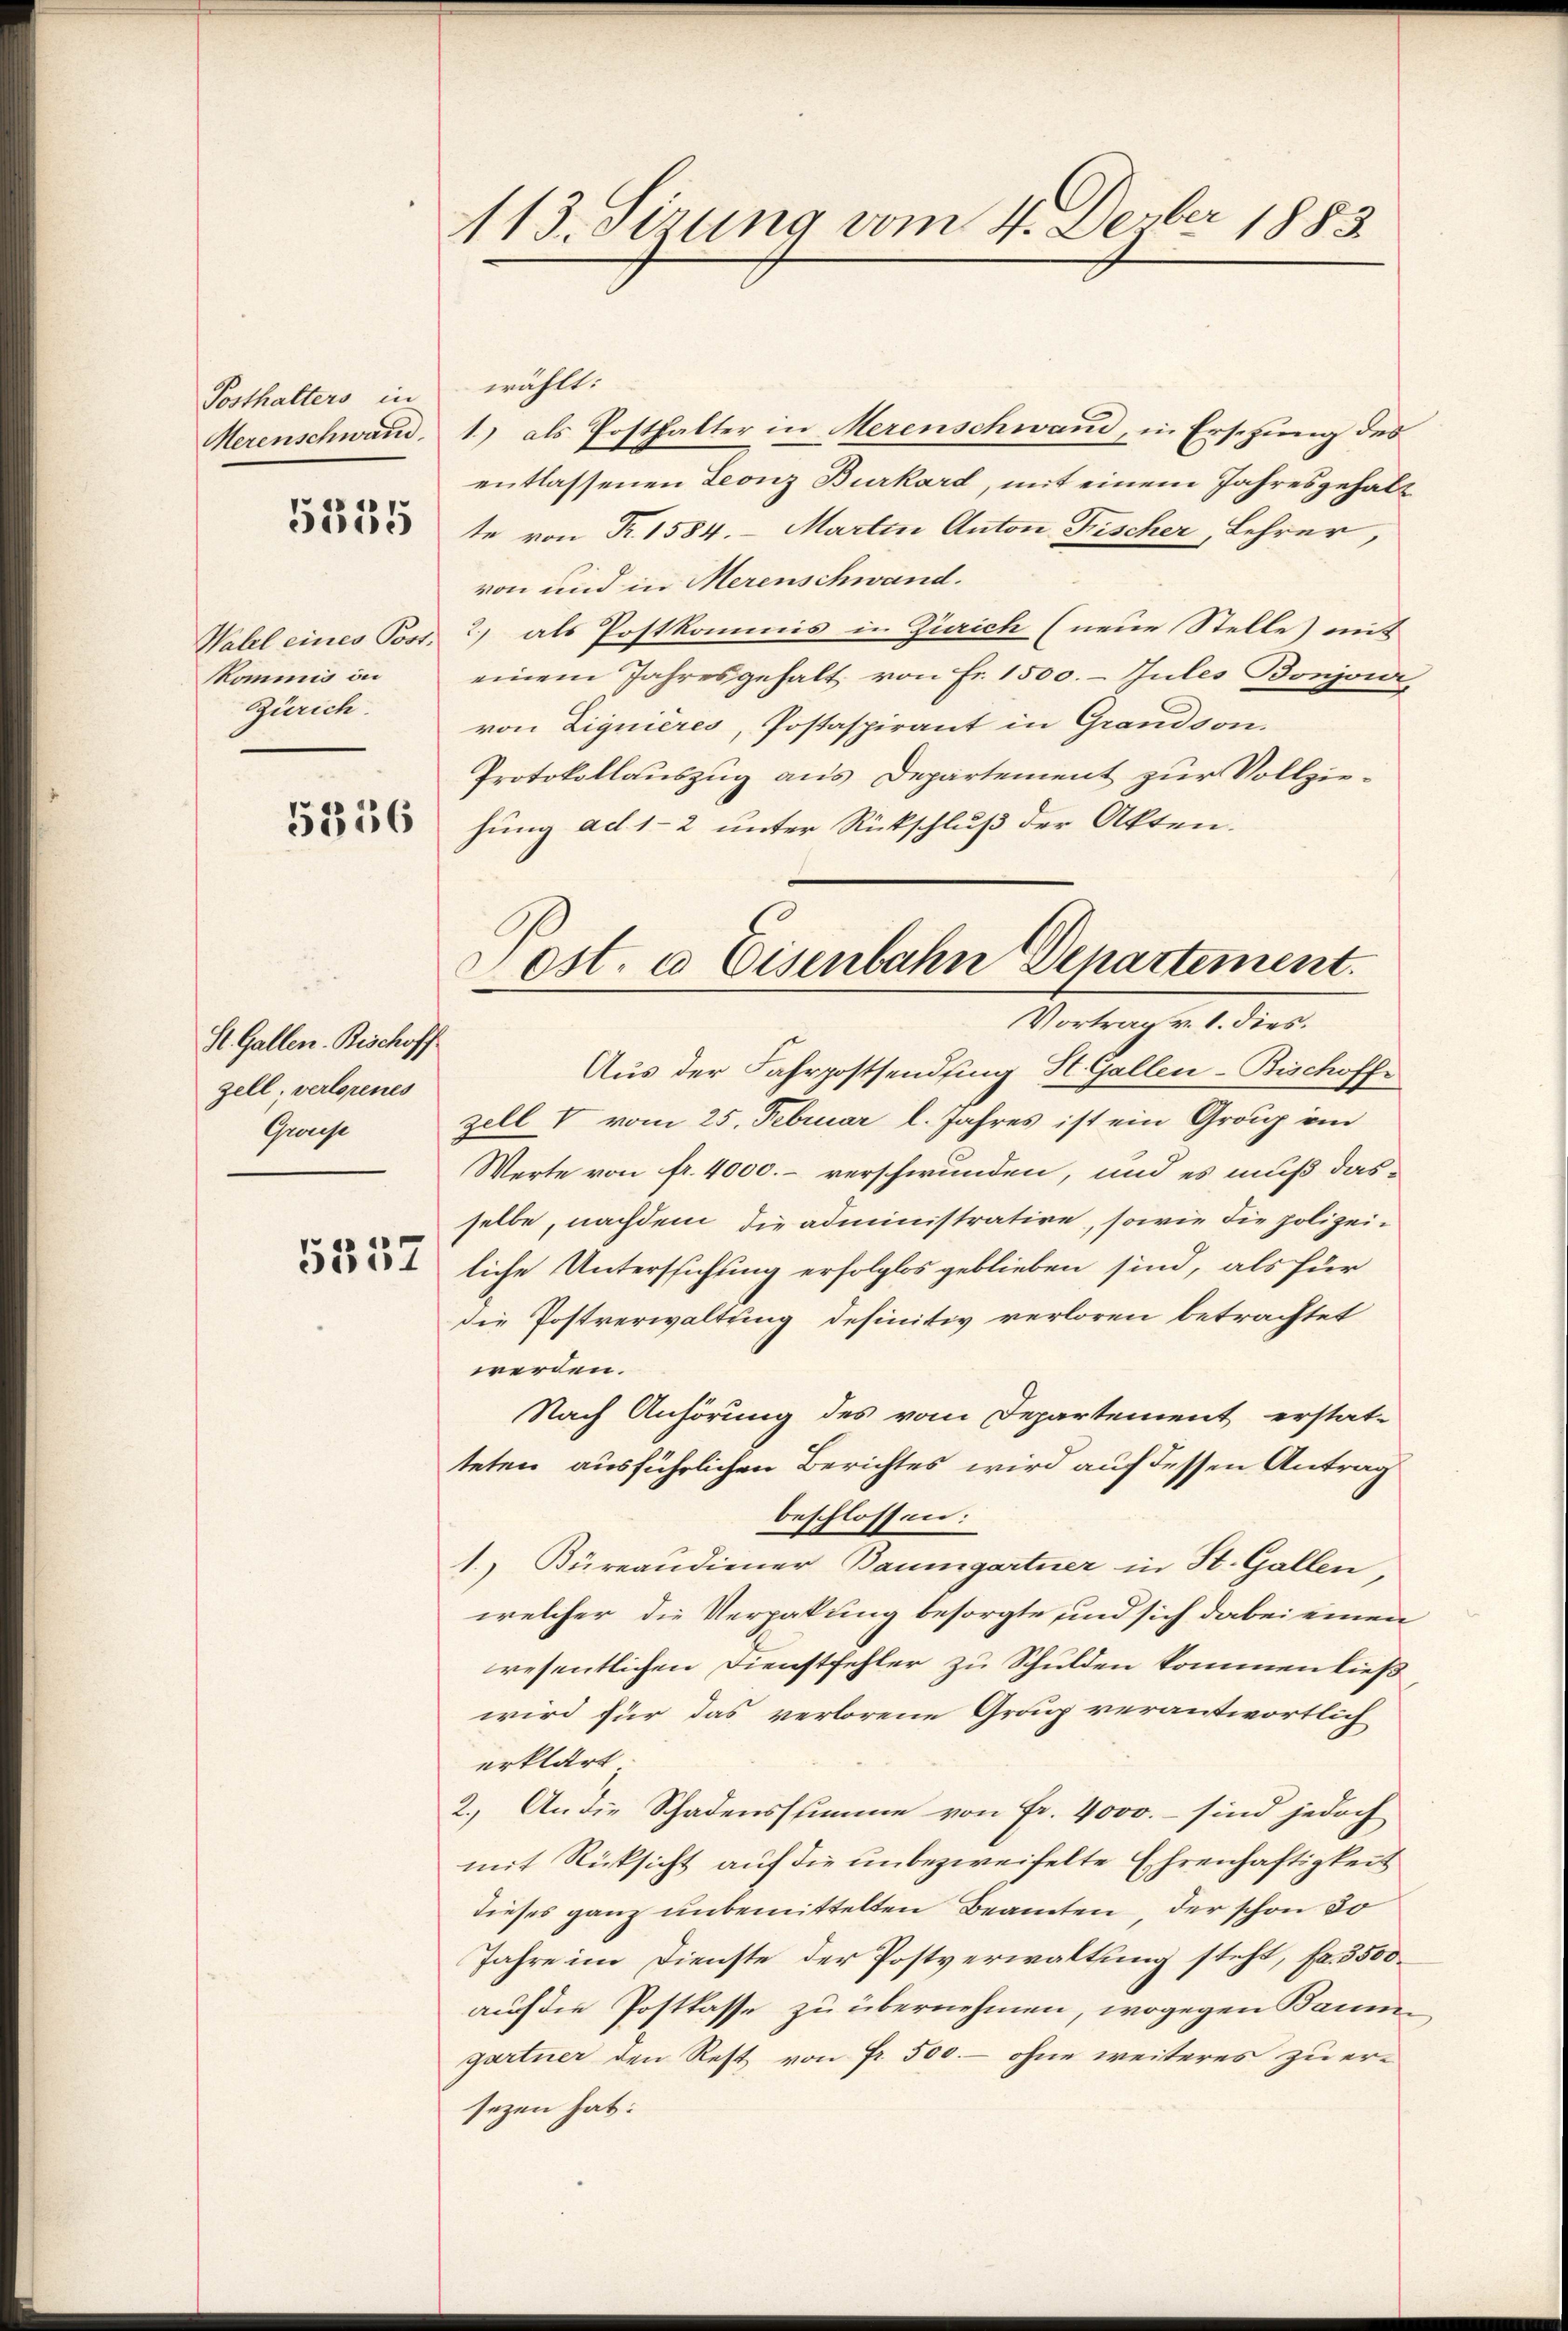
Posthalters in
Herenschwand

5555

Wahel eines Post.
Kommis in
Zürich.

5356

St. Gallen. Bischoff
zell, verlorenes
Grosse

5357

113. Sizung vom 4. Derber 1883

zell V vom 25. Februar l. Jahres ist ein Graz im
Werte von fr. 4000.- verschwunden, und es muß dasselbe, nachdem die administrative, sowie die polizei-
liche Untersuchung erfolglos geblieben sind, als für
die Postverwaltung definitiv verloren betrachtet
werden.
Nach Anhörung des vom Departement erstat-
teten ausführlichen Berichtes wird auf dessen Antrag
beschlossen:
1.) Büreaudiener Baumgartner in St. Gallen,
welcher die Verpakung besorgte und sich dabei einen
resentlichen Dienstfehler zu Schulden kommen ließ
wird für das verlorene Graz verantwortlich
erklärt
2.) An die Schadenssumme von Fr. 4000.- sind jedoch
mit Rücksicht auf die unbezweifelte Ehrenhaftigkeit
dieses ganz unbemittelten Beamten der schon 30
Jahre im Dienste der Postverwaltung steht, fr. 3500
auf die Postkasse zu übernehmen, wogegen Baume
gartner den Rest von Fr. 500.- ohne weiteres zu ersezen hat.

wählt:
1) als Posthalter in Merenschwand, in Ersetzung des
entlassenen Leonz Burkard, mit einem Jahresgehalt
te von Fr. 1584. Martin Anton Fischer, Lehrer,
von und in Merenschwand.
2) als Postkommis in Zürich (neue Stelle) mit
einem Jahresgehalt von Fr. 1500.- Jules Bonjour
von Zignieres, Postaspirant in Grandson.
Protokollauszug aus Departement zur Vollziehung ad 1-2 unter Rückschluß der Akten.
Post. a Eisenbahn Departement.

Vortrag v. 1. dies.
Aus der Fahrpostsendfing St. Gallen-Bischoffe